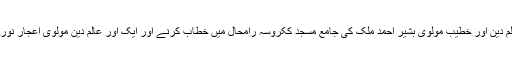
08 نومبر2018ء) مقبوضہ کشمیرمیں تحریک حریت جموںو کشمیر کے چیئرمین محمد اشرف صحرائی نے عالم دین اور خطیب مولوی بشیر احمد ملک کی جامع مسجد ککروسہ رامحال میں خطاب کرنے اور ایک اور عالم دین مولوی اعجار نوری کو شہید کشمیری نوجوان کی نماز جنازہ پڑھانے پر گرفتار کر کے جیل منتقل کرنے کی شدید مذمت کی ہے ۔